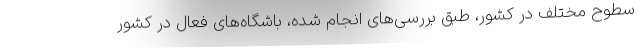
سطوح مختلف در کشور، طبق بررسی‌های انجام شده، باشگاه‌های فعال در کشور